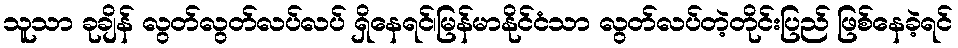
သူသာ ခုချိန် လွတ်လွတ်လပ်လပ် ရှိနေရင်၊မြန်မာနိုင်ငံသာ လွတ်လပ်တဲ့တိုင်းပြည် ဖြစ်နေခဲ့ရင်